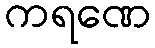
ကရဏေ